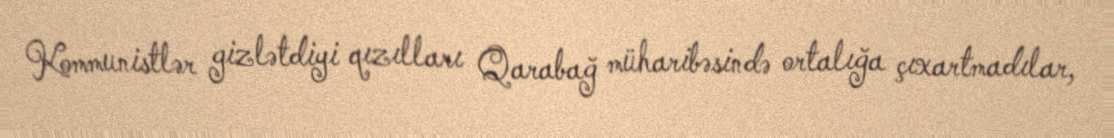
Kommunistlər gizlətdiyi qızılları Qarabağ müharibəsində ortalığa çıxartmadılar,